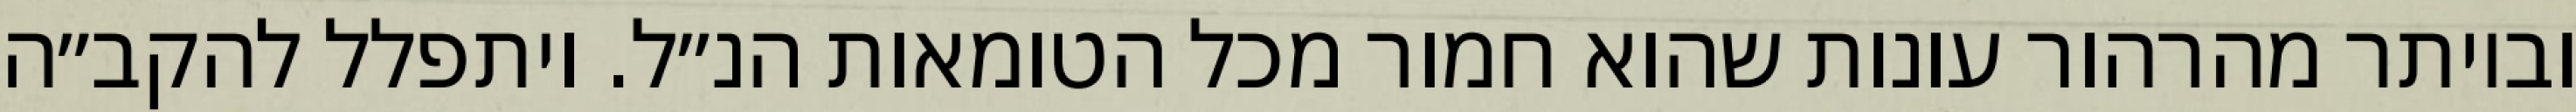
וביותר מהרהור עונות שהוא חמור מכל הטומאות הנ״ל. ויתפלל להקב״ה